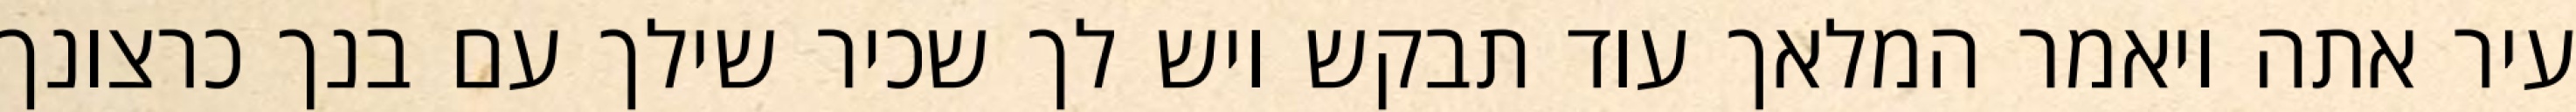
עיר אתה ויאמר המלאך עוד תבקש ויש לך שכיר שילך עם בנך כרצונך